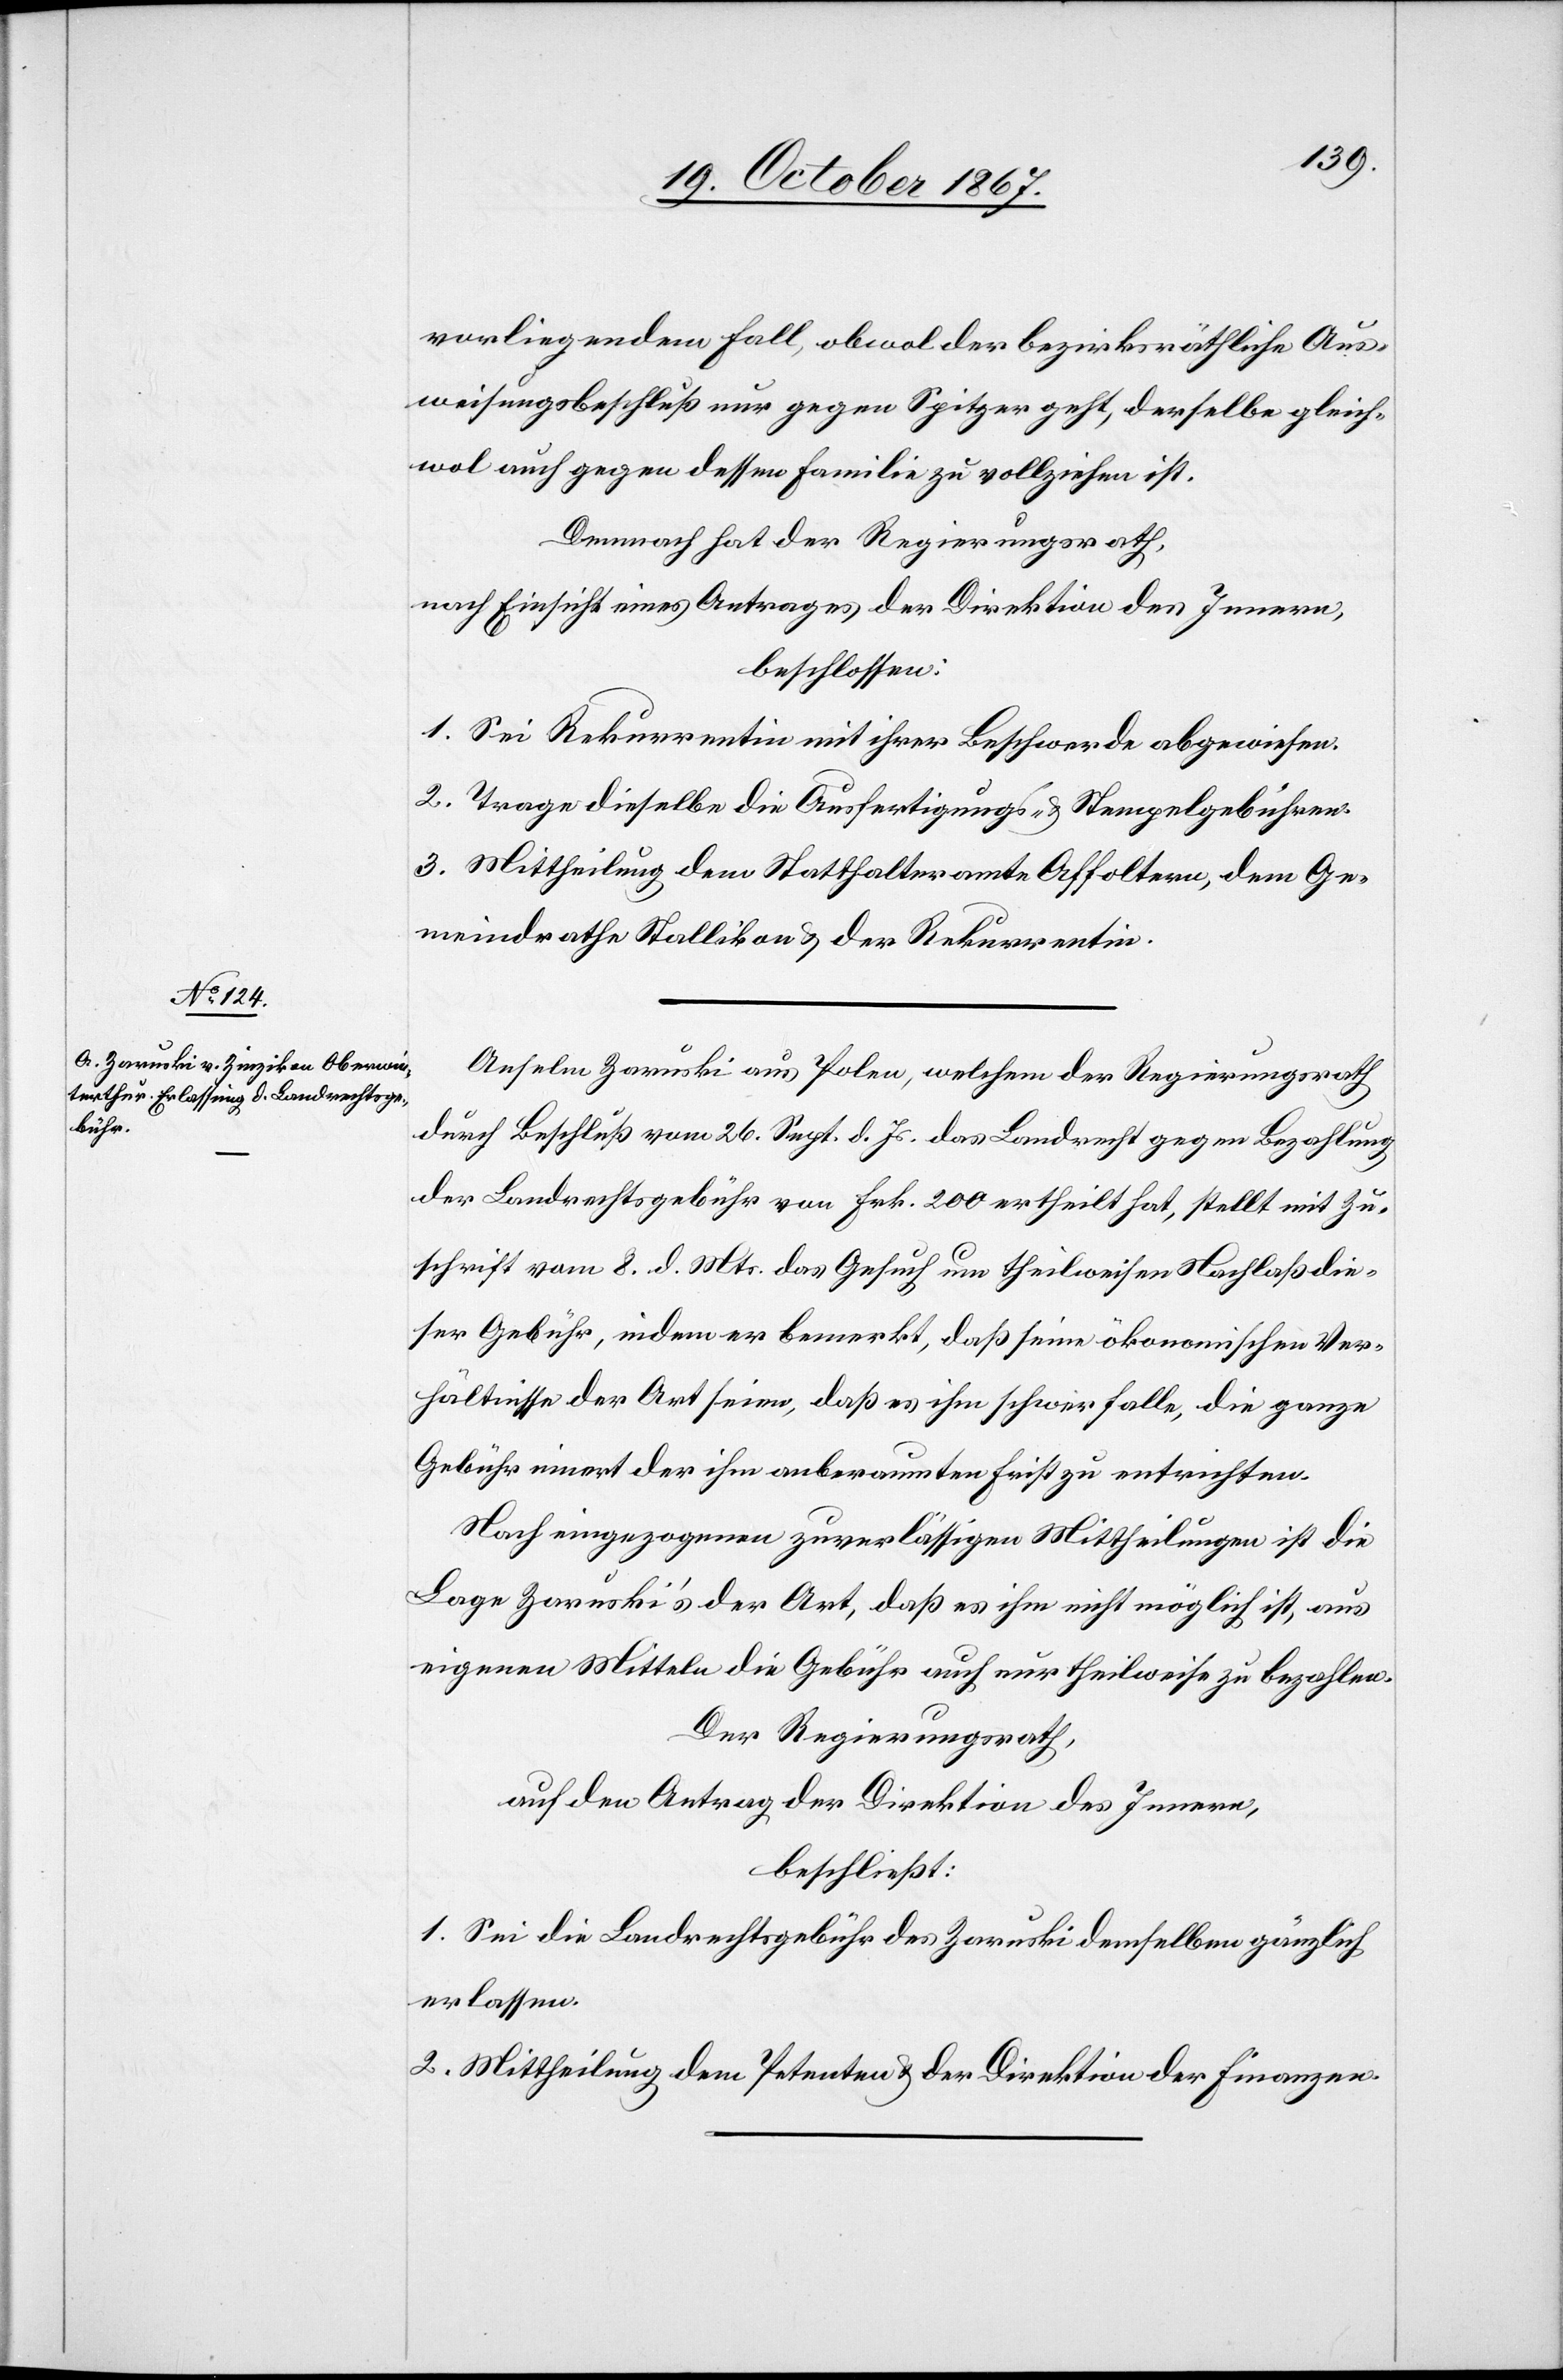
vorliegenden Fall, obwol der bezirksräthliche Aus¬
weisungsbeschluß nur gegen Spitzer geht, derselbe gleich¬
wol auch gegen dessen Familie zu vollziehen ist.
Demnach hat der Regierungsrath,
nach Einsicht eines Antrages der Direktion des Innern,
beschlossen:
1. Sei Rekurrentin mit ihrer Beschwerde abgewiesen.
2. Trage dieselbe die Ausfertigungs- u. Stempelgebühren.
3. Mittheilung dem Statthalteramte Affoltern, dem Ge¬
meindrathe Stallikon u. der Rekurrentin.
Anselm Zaruski aus Polen, welchem der Regierungsrath
durch Beschluß vom 26. Sept. d. Js. das Landrecht gegen Bezahlung
der Landrechtsgebühr von Frk. 200 ertheilt hat, stellt mit Zu¬
schrift vom 8. d. Mts das Gesuch um theilweisen Nachlaß die¬
ser Gebühr, indem er bemerkt, daß seine ökonomischen Ver¬
hältnisse der Art seien, daß es ihm schwer falle, die ganze
Gebühr innert der ihm anberaumten Frist zu entrichten.
Nach eingezogenen zuverlässigen Mittheilungen ist die
Lage Zaruski’s der Art, daß es ihm nicht möglich ist, aus
eigenen Mitteln die Gebühr auch nur theilweise zu bezahlen.
Der Regierungsrath,
auf den Antrag der Direktion des Innern,
beschließt:
1. Sei die Landrechtsgebühr des Zaruski demselben gänzlich
erlassen.
2. Mittheilung dem Petenten u. der Direktion der Finanzen.